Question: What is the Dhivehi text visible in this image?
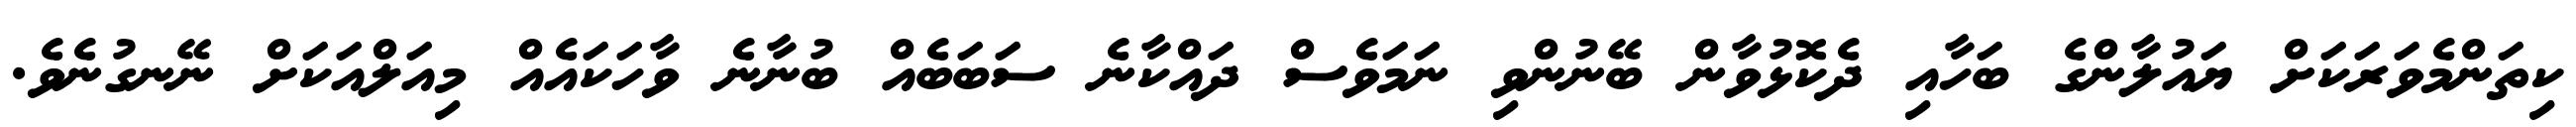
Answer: ކިތަންމެވަރަކަށް ޔައުލާންގެ ބަހާއި ދެކޮޅުވާން ބޭނުންވި ނަމަވެސް ދައްކާނެ ސަބަބެއް ބުނާނެ ވާހަކައެއް މިއަލްއަކަށް ނޭނގުނެވެ.